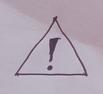
Signature authenticity: forged